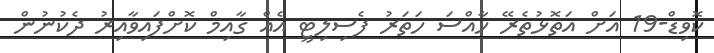
ކޮވިޑް-19 އަށް އަތޮޅުތެރޭ ޚާއްސަ ހަތަރު ފެސިލިޓީ އެއް ގާއިމް ކޮށްފައިވާއިރު ދެކުނުން